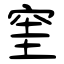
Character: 窐